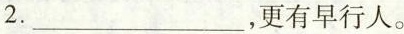
2.___，更有早行人。